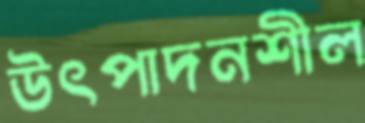
উৎপাদনশীল